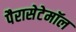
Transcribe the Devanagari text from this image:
पैरासेटेमॉल